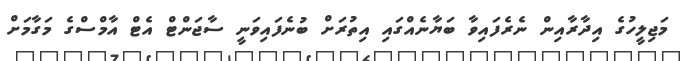
މަޖިލީހުގެ އިދާރާއިން ނެރެފައިވާ ބަޔާނެއްގައި އިތުރަށް ބުނެފައިވަނީ ސާޖަންޓް އެޓް އާމްސްގެ މަގާމަށް